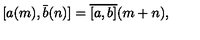
[ a ( m ) , \bar { b } ( n ) ] = \overline { { [ a , b ] } } ( m + n ) ,